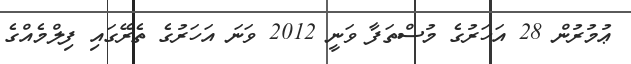
ޢުމުރުން 28 އަހަރުގެ މުސްތަފާ ވަނީ 2012 ވަނަ އަހަރުގެ ތެރޭގައި ފިލްމެއްގެ